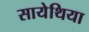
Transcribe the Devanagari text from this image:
सायेथिया